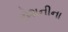
રોશનીના